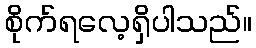
စိုက်ရလေ့ရှိပါသည်။